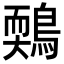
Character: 𪃉